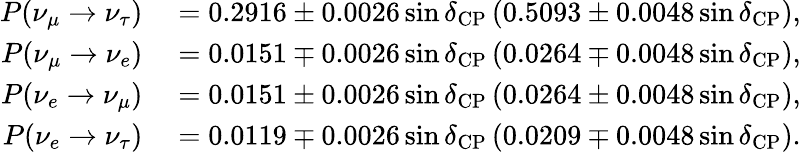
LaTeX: \begin{array}{rl}{P(\nu_{\mu}\to\nu_{\tau})}&{{}=0.2916\pm 0.0026\sin\delta_{\mathrm{CP}}\, (0.5093\pm 0.0048\sin\delta_{\mathrm{CP}}),}\\ {P(\nu_{\mu}\rightarrow\nu_{e})}&{{}=0.0151\mp 0.0026\sin\delta_{\mathrm{CP}}\, (0.0264\mp 0.0048\sin\delta_{\mathrm{CP}}),}\\ {P(\nu_{e}\rightarrow\nu_{\mu})}&{{}=0.0151\pm 0.0026\sin\delta_{\mathrm{CP}}\, (0.0264\pm 0.0048\sin\delta_{\mathrm{CP}}),}\\ {P(\nu_{e}\rightarrow\nu_{\tau})}&{{}=0.0119\mp 0.0026\sin\delta_{\mathrm{CP}}\, (0.0209\mp 0.0048\sin\delta_{\mathrm{CP}}).}\end{array}